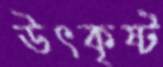
উৎকৃষ্ট